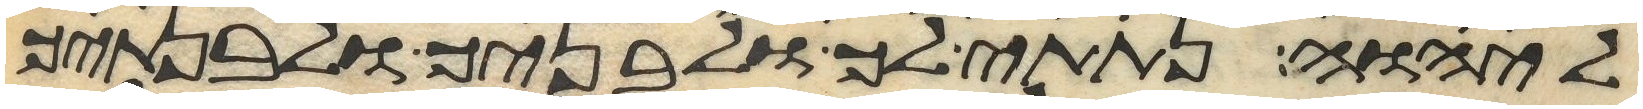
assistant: ליהוה נתתי לך ולבניך ולבנתיך